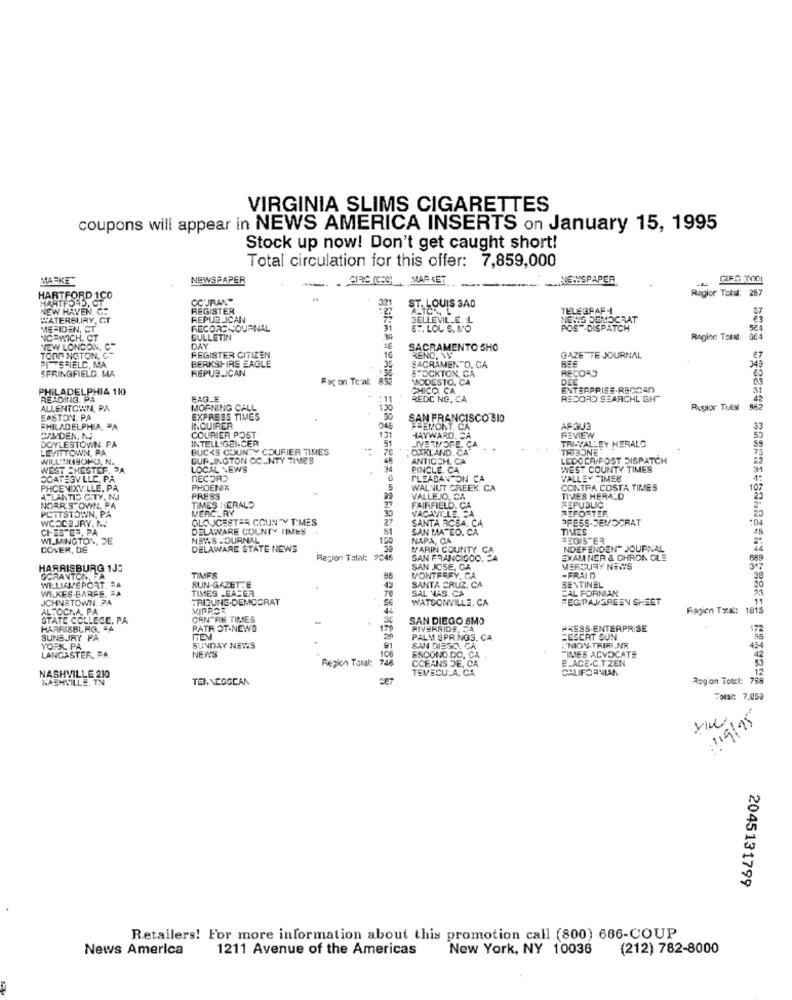
VIRGINIA SLIMS CIGARETTES
coupons will appear in NEWS AMERICA INSERTS on January 15, 1995
Stock up now! Don't get caught short!
Total circulation for this offer: 7,859,000
MARKE
NEWSPAPER
.. . GIRG (CEO) MAS KET
NEWSPAPER
HARTFORD 1CO
Regior Total: 287
COURAN"
32
HARTFORD, CT_
NEW HAVEN, CT
REGISTER
ALTOS L
ST. LOUIS 3A0
TELE GRAFI
WATERBURY, GT
REPUBLICAN
BELLEVILLE. L
NEWS DEMOCRAT
MEPIDEN, CT
RECORD JOURNAL
6 .. LOL S. MO
POST-DISPATCH
584
NICEWICH. CT
BULLETIN
Region Tald:
NEW LONDON, C
REGISTER CITIZEN
DAY
SACRAMENTO SHO
TORT NGTON, CT
PITTSFIELD, MA
BERKSHIRE EAGLE
RENO. W
GAZETTE JOURNAL
BEE
349
€7
SPRINGFIELD. MA
SACRAMENTO. CA
STOCKTON, CA
RECORD
REPUBLICAN
Fix on Teal:
MODESTO. CA
PHILADELPHIA 110
CHICO CA
ENTERPRISE-RBOCAD
31
READING. PA
EAGLE
REDC NG, CA
RECORD SEARCHLIGHT"
42
ALLENTOWN, PÅ
MORNING CALL
Rugior Tutal
EASTON. PA
EXPRESS TIMES
50
SAN FRANCISCO 310
PHILADELPHIA, PA
INQUIRER
046
FREMONT. CA
AF3U3
33
CAMDEN, NO
DOYLESTOWN PA
COURIER POST
INTELLIGENCER
171
HAYWARD. CA
TRI-VALLEY HERALD
REVIEW
LEVITTOWN, PA
BUCKS COUNTY COURIER TIMES
51
70
OAKLAND. CA
LIVERMORE, CA
. .
"THISONE"
WILLISABONO, N.
BUF INGTON COUNTY TIMES
ANTICCH, CA
LEDOCA POST DISPATCH
WEST CHESTER. PA
LOCAL NEWS
34
PINCLE. CA
WEST COUNTY TIMES
OCATEGV LLC, PA
RECORD
PLEASANTON CA
VALLEY TIMES
PHOENIXVILLE, PA.
PHOENIX
5
WALNUT CREEK. CA
CONTRA COSTA TIMES
107
ATLANTIS CITY, NJ
PRESS
VALLEJO, CA
REPUBLIC
TIVES HERALD
POTTSTOWN, PA
NORR'STOWN, PA
TIMES : ERALO
MERCURY
30
FAIRFIELD. CA
VACANT LE. CA
REPORTER
WCOC2 JRY. M.
GLOUCESTER COUNTY TIMES
27
SANTA ROSA. CA
PRESS-DEMOCRAT
CHES DE, PA
DELAWARE COUNTY TIMES
51
SAN MATEO. CA
TIMES
WILMINGTON, DE
NEW'S JOURNAL
150
NAPA, CA
COVER, DE
DELAWARE STATE NEWS
MARIN COUNTY CA
NDEFENDEN" JOURNAL
Region Total: 2045
SAN FRANCISCO, CA
EXAM NER & CHRON GLE
HARRISBURG 1JS
SAN JOSE, GA
MERCURY NEWS
347
GORANTON,PA
WILLIAMSPORT. "A
TIMES
SUN-GAZETTE
MONTERFY. CA
SANTA CRUZ, CA
-FRAI D
WEKES-BARFE, SA
TIMES -EASER
43
SAL NAS. CA
CAL FORNIAN
SENTINEL
JCHNETOWN. PA
TRIBUNE-DEMOCRAT
.56
WATSONVILLE. CA
FEGPAJGREEN SHEET
AL FOCNA, PA
Ragien Tox: 1815
STATE COLLEGE, PA
CENTRE TIMES
SAN DIEGO SMO
HARRISBURG. A
PATR OT-NEWS
17
RIVERSIDE, JA
PRESS.ENTERPRISE
172
SUNSJRY PA
PALM SPRINGS. CA
SESERT SUN
'NION TRIAL,NR
YORK, PA
LANCASTER. PA
SUNDAY NEWS
NEWS
106
91
SAN DIEGO, CA
TIMES ADVOCATE
454
Region Total: 746
ESCONO DO. CA
E.ACE-C.T.ZEN
NASHVILLE 210
CCEANS DE, CA
TEMECULA. CA
CALIFORNIAN
12
NASHVILLE, TN
TENNCOSEAN
Rog'on Totel: 758
Total: 7,050
21/9/95
2045131799
Retailers! For more information about this promotion call (800) 666-COUP
News America
1211 Avenue of the Americas
New York, NY 10036 (212) 782-8000